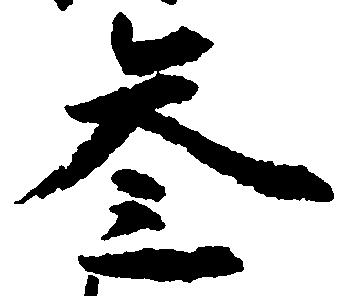
参